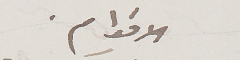
الاقوام.